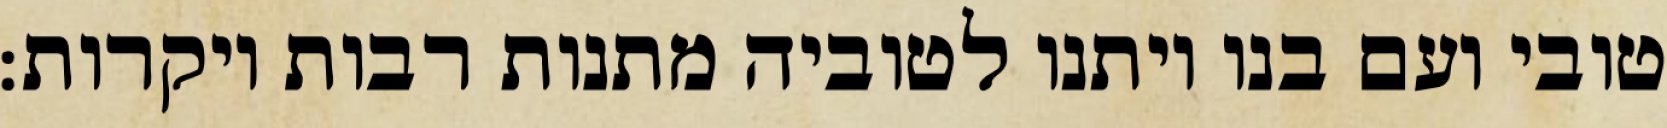
טובי ועם בנו ויתנו לטוביה מתנות רבות ויקרות: